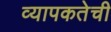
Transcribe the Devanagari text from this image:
व्यापकतेची